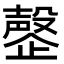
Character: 𬆍